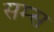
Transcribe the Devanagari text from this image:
सम्स